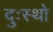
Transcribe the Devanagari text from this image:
दुःस्थो